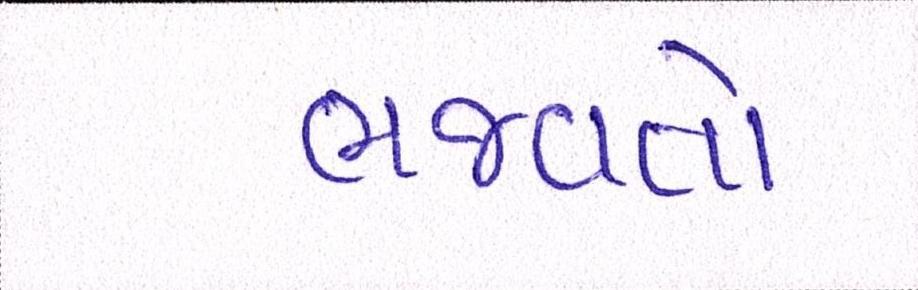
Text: ભજવતો